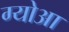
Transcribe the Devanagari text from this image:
ग्योआ